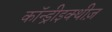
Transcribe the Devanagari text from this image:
कॉन्ड्रीइक्थीज़